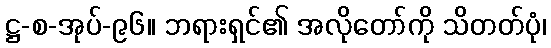
ဋ္ဌ-စ-အုပ်-၉၆။ ဘရားရှင်၏ အလိုတော်ကို သိတတ်ပုံ၊